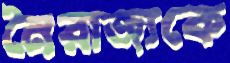
নৈরাজ্যকে